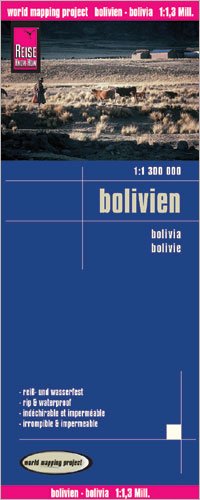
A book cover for Bolivia 1:1,300,000 Travel Map, waterproof, GPS-compatible, 2011 edition REISE; Reise Knowhow; Travel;